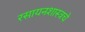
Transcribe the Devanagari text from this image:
रसायनशास्त्रचे